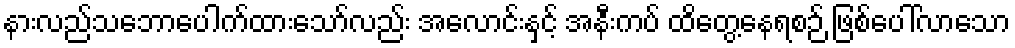
နားလည်သဘောပေါက်ထားသော်လည်း အလောင်းနှင့် အနီးကပ် ထိတွေ့နေရစဉ် ဖြစ်ပေါ်လာသော